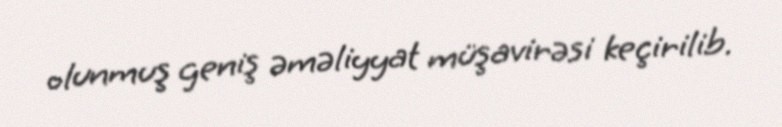
olunmuş geniş əməliyyat müşavirəsi keçirilib.